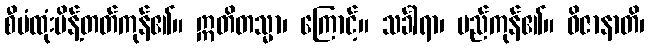
စီမံထုံးမိန့်တတ်ကုန်၏။ ဣတိတသ္မာ၊ ကြောင့်။ သင်္ခါရာ၊ မည်ကုန်၏။ ဝိဇာနာတိ၊